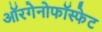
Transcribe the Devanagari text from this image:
ऑरगेनोफॉस्फेट